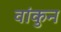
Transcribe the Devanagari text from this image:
वांकुन